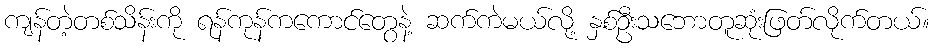
ကျန်တဲ့တစ်သိန်းကို ရန်ကုန်ကကောင်တွေနဲ့ ဆက်ကဲမယ်လို့ နှစ်ဦးသဘောတူဆုံးဖြတ်လိုက်တယ်။